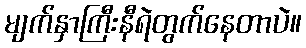
မျက်နှာကြီးနီရဲတွက်နေတာပဲ။